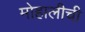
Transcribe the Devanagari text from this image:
मोहालीची